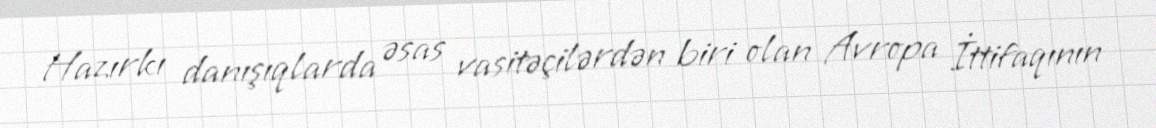
Hazırkı danışıqlarda əsas vasitəçilərdən biri olan Avropa İttifaqının